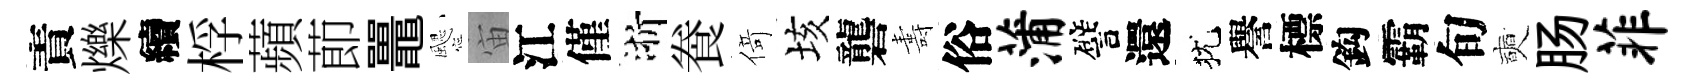
責爍續桴蘋莭鼉颸宙江僅浙飬𠋣垓礱夀俗蒲譬還犹譽標鈎霸旬奭肠菲